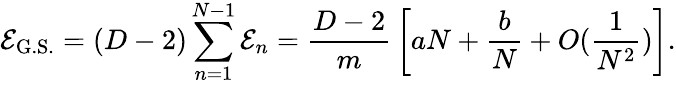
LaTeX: \mathcal{E}_{\mathrm{{G.S.}}}=(D-2)\sum_{n=1}^{N-1}\mathcal{E}_{n}={\frac{{D-2}}{{m}}}\left[aN+{\frac{{b}}{{N}}}+O({\frac{{1}}{{N^{2}}}})\right].